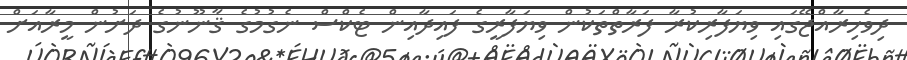
ދިވެހިރާއްޖޭގައި ވިޔަފާރިކުރާ ފަރާތްތަކުން ވިޔަފާރީގެ ފައިދާއިން ޓެކްސް ނެގުމުގެ ޤާނޫނުގެ ދަށުން މީރާއަށް